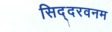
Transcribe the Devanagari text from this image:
सिद्दरवनम